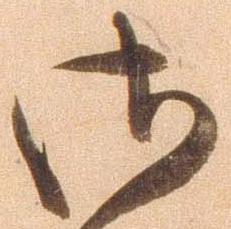
御